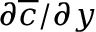
\partial \overline { { c } } / \partial y